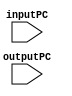
`timescale 1ns / 1ps
//////////////////////////////////////////////////////////////////////////////////
// Company: 
// Engineer: 
// 
// Design Name: 
// Module Name: PCplus4
// Project Name: 
// Target Devices: 
// Tool Versions: 
// Description: 
// 
// Dependencies: 
// 
// Revision:
// Revision 0.01 - File Created
// Additional Comments:
// 
//////////////////////////////////////////////////////////////////////////////////

module PCplus4(
	 inputPC,
     outputPC
);

	input wire [31:0] inputPC;
	input wire [31:0] outputPC;
    //PC4
	assign outputPC[31:0] = inputPC[31:0] + 4;

endmodule